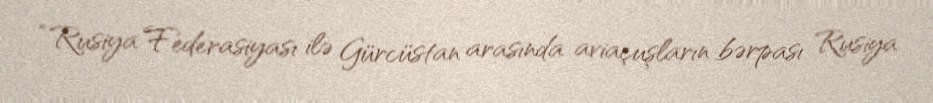
“Rusiya Federasiyası ilə Gürcüstan arasında aviaçuşların bərpası Rusiya